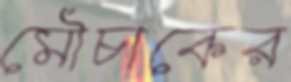
মৌচাকের